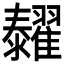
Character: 𦒰